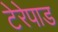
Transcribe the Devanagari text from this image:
टेरेपाड